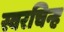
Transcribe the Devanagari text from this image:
स्वरचिन्ह